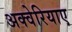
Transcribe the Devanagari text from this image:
अक्वेरियाए